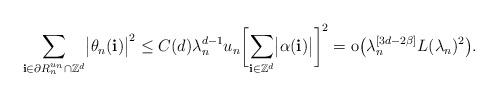
LaTeX: \begin{align*}\sum_{\mathbf{i}\in\partial R_n^{u_n}\cap\mathbb{Z}^d} \bigl|\theta _n(\mathbf{i})\bigr|^2 \leq C(d) {\lambda}_{n}^{d-1}u_n\biggl[\sum_{\mathbf{i}\in\mathbb{Z}^d} \bigl|\alpha(\mathbf{i})\bigr|\biggr]^2 = \mathrm{o} \bigl({\lambda}_{n}^{[3d -2\beta]}L({\lambda}_{n})^2\bigr). \end{align*}